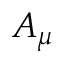
A _ { \mu }